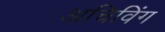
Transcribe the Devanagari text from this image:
अचिविंग